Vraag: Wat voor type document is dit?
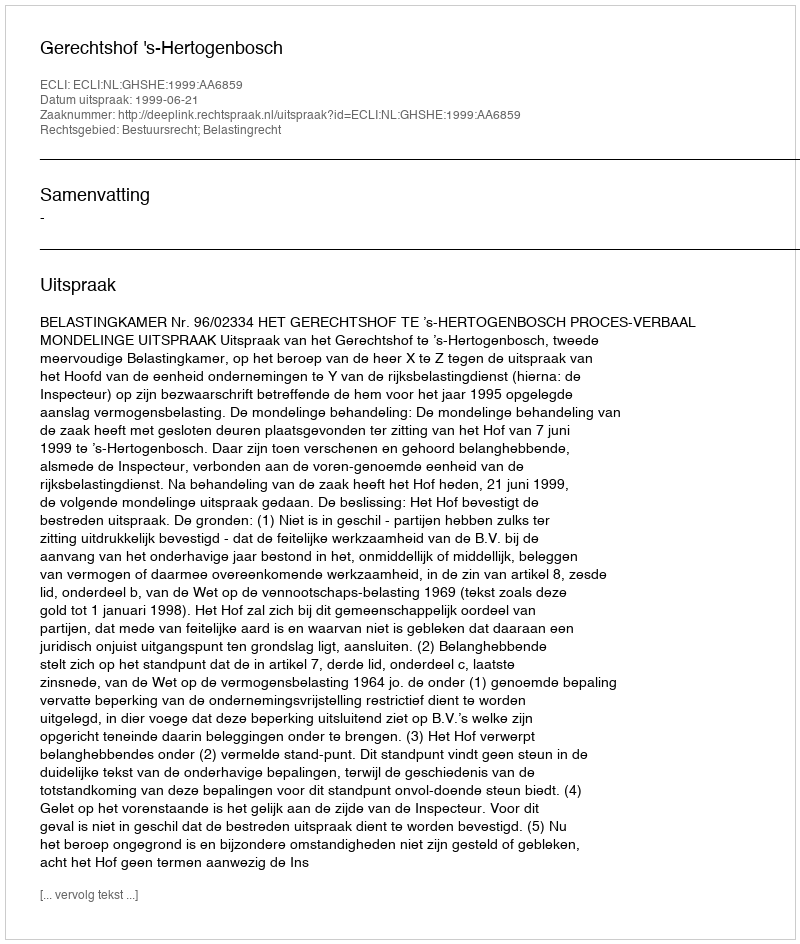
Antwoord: Uitspraak